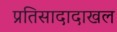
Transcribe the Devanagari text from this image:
प्रतिसादादाखल